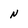
Character: N